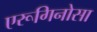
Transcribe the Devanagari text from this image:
एरूगिनोसा